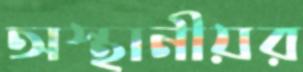
অস্থানীয়র